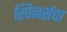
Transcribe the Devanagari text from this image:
स्पिनर्सचा